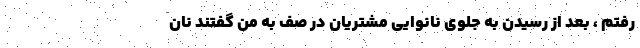
رفتم ، بعد از رسیدن به جلوی نانوایی مشتریان در صف به من گفتند نان